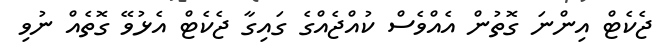
ޖެކެޓް އިންނަ ގޮތުން އެއްވެސް ކުއްޖެއްގެ ގައިގާ ޖެކެޓް އެޅުވޭ ގޮތެއް ނުވި